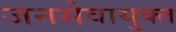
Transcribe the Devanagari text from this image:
जनसेवायुक्‍त